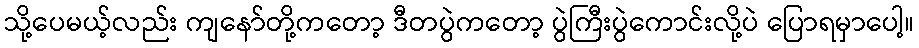
သို့ပေမယ့်လည်း ကျနော်တို့ကတော့ ဒီတပွဲကတော့ ပွဲကြီးပွဲကောင်းလို့ပဲ ပြောရမှာပေါ့။